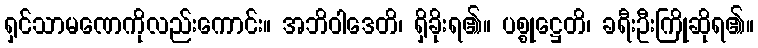
ရှင်သာမဏေကိုလည်းကောင်း။ အဘိဝါဒေတိ၊ ရှိခိုးရ၏။ ပစ္စုဋ္ဌေတိ၊ ခရီးဦးကြိုဆိုရ၏။